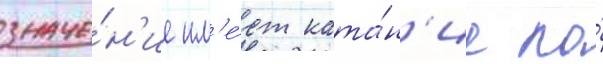
значе́н'ие им'е́ет ката́н'ие по́